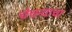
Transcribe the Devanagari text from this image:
चेचन्याचा